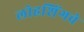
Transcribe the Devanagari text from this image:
लोहशिंगवे